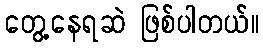
တွေ့နေရဆဲ ဖြစ်ပါတယ်။